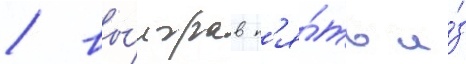
/ вы́играв п'я́ть и́з